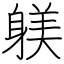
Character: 躾